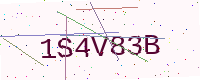
Text: 1S4V83B